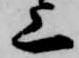
上